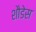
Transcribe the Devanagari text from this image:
शौडेस